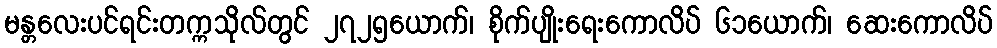
မန္တလေးပင်ရင်းတက္ကသိုလ်တွင် ၂၇၂၅ယောက်၊ စိုက်ပျိုးရေးကောလိပ် ၆၁ယောက်၊ ဆေးကောလိပ်